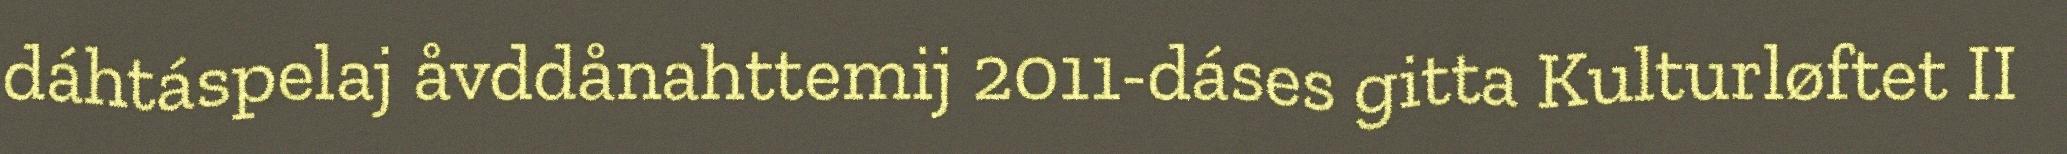
dáhtáspelaj åvddånahttemij 2011-dáses gitta Kulturløftet II